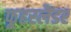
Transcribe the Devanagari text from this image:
फूहरलैंडर